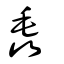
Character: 毳